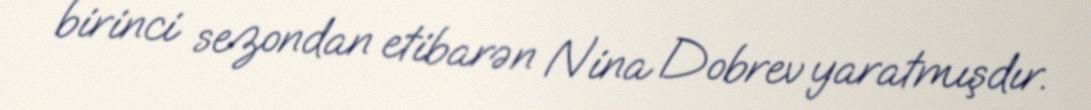
birinci sezondan etibarən Nina Dobrev yaratmışdır.